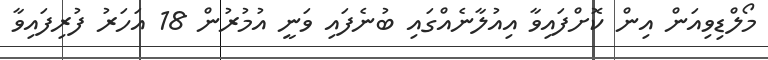
މޯލްޑިވިއަން އިން ކޮށްފައިވާ އިއުލާނެއްގައި ބުނެފައި ވަނީ އުމުރުން 18 އަހަރު ފުރިފައިވާ